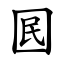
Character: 囻